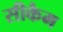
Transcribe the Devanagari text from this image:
सीकैम